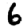
Digit: 6